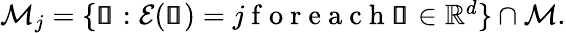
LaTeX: \begin{array}{r}{\mathcal{M}_{j}=\{ \pmb{\mathscr{s}}:\mathcal{E}(\pmb{\mathscr{s}})=j\mathrm{~f~o~r~e~a~c~h~}\pmb{\mathscr{s}}\in\mathbb{R}^{d}\} \cap\mathcal{M}.}\end{array}